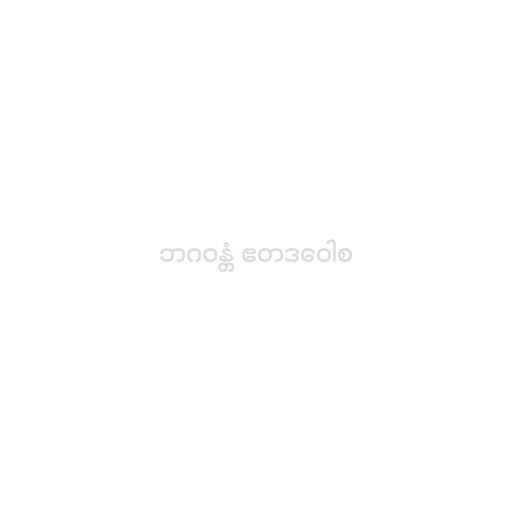
ဘဂဝန္တံ ဧတဒဝေါစ